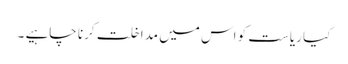
کیا ریاست کو اس میں مداخلت کرنا چاہیے ۔